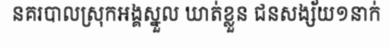
នគរបាលស្រុកអង្គស្នួល ឃាត់ខ្លួន ជនសង្ស័យ១នាក់